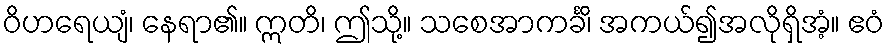
ဝိဟရေယျံ၊ နေရာ၏။ ဣတိ၊ ဤသို့။ သစေအာကင်္ခိ၊ အကယ်၍အလိုရှိအံ့။ ဧဝံ